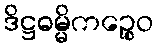
ဒိဋ္ဌဓမ္မိကဉ္စေဝ